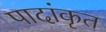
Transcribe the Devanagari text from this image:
पादांकृत